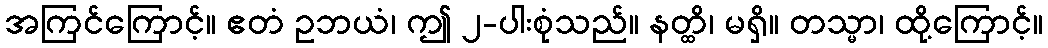
အကြင်ကြောင့်။ ဧတံ ဥဘယံ၊ ဤ ၂-ပါးစုံသည်။ နတ္ထိ၊ မရှိ။ တသ္မာ၊ ထို့ကြောင့်။